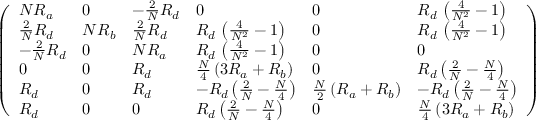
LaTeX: \left( \begin{array} { l l l l l l } { { N R _ { a } } } & { { 0 } } & { { - \frac { 2 } { N } R _ { d } } } & { { 0 } } & { { 0 } } & { { R _ { d } \, \left( \frac { 4 } { N ^ { 2 } } - 1 \right) } } \\ { { \frac { 2 } { N } R _ { d } } } & { { N R _ { b } } } & { { \frac { 2 } { N } R _ { d } } } & { { R _ { d } \, \left( \frac { 4 } { N ^ { 2 } } - 1 \right) } } & { { 0 } } & { { R _ { d } \, \left( \frac { 4 } { N ^ { 2 } } - 1 \right) } } \\ { { - \frac { 2 } { N } R _ { d } } } & { { 0 } } & { { N R _ { a } } } & { { R _ { d } \, \left( \frac { 4 } { N ^ { 2 } } - 1 \right) } } & { { 0 } } & { { 0 } } \\ { { 0 } } & { { 0 } } & { { R _ { d } } } & { { \frac { N } { 4 } \left( 3 R _ { a } + R _ { b } \right) } } & { { 0 } } & { { R _ { d } \left( \frac { 2 } { N } - \frac { N } { 4 } \right) } } \\ { { R _ { d } } } & { { 0 } } & { { R _ { d } } } & { { - R _ { d } \left( \frac { 2 } { N } - \frac { N } { 4 } \right) } } & { { \frac { N } { 2 } \left( R _ { a } + R _ { b } \right) } } & { { - R _ { d } \left( \frac { 2 } { N } - \frac { N } { 4 } \right) } } \\ { { R _ { d } } } & { { 0 } } & { { 0 } } & { { R _ { d } \left( \frac { 2 } { N } - \frac { N } { 4 } \right) } } & { { 0 } } & { { \frac { N } { 4 } \left( 3 R _ { a } + R _ { b } \right) } } \end{array} \right)